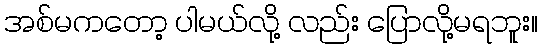
အစ်မကတော့ ပါမယ်လို့ လည်း ပြောလို့မရဘူး။